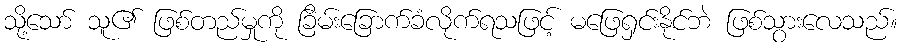
သို့သော် သူ၏ ဖြစ်တည်မှုကို ခြိမ်းခြောက်ခံလိုက်ရသဖြင့် မဖြေရှင်းနိုင်ဘဲ ဖြစ်သွားလေသည်။